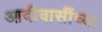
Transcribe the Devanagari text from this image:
आदीवासींच्या